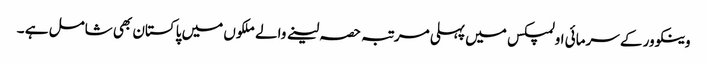
وینکوور کے سرمائی اولمپکس میں پہلی مرتبہ حصہ لینے والے ملکوں میں پاکستان بھی شامل ہے ۔